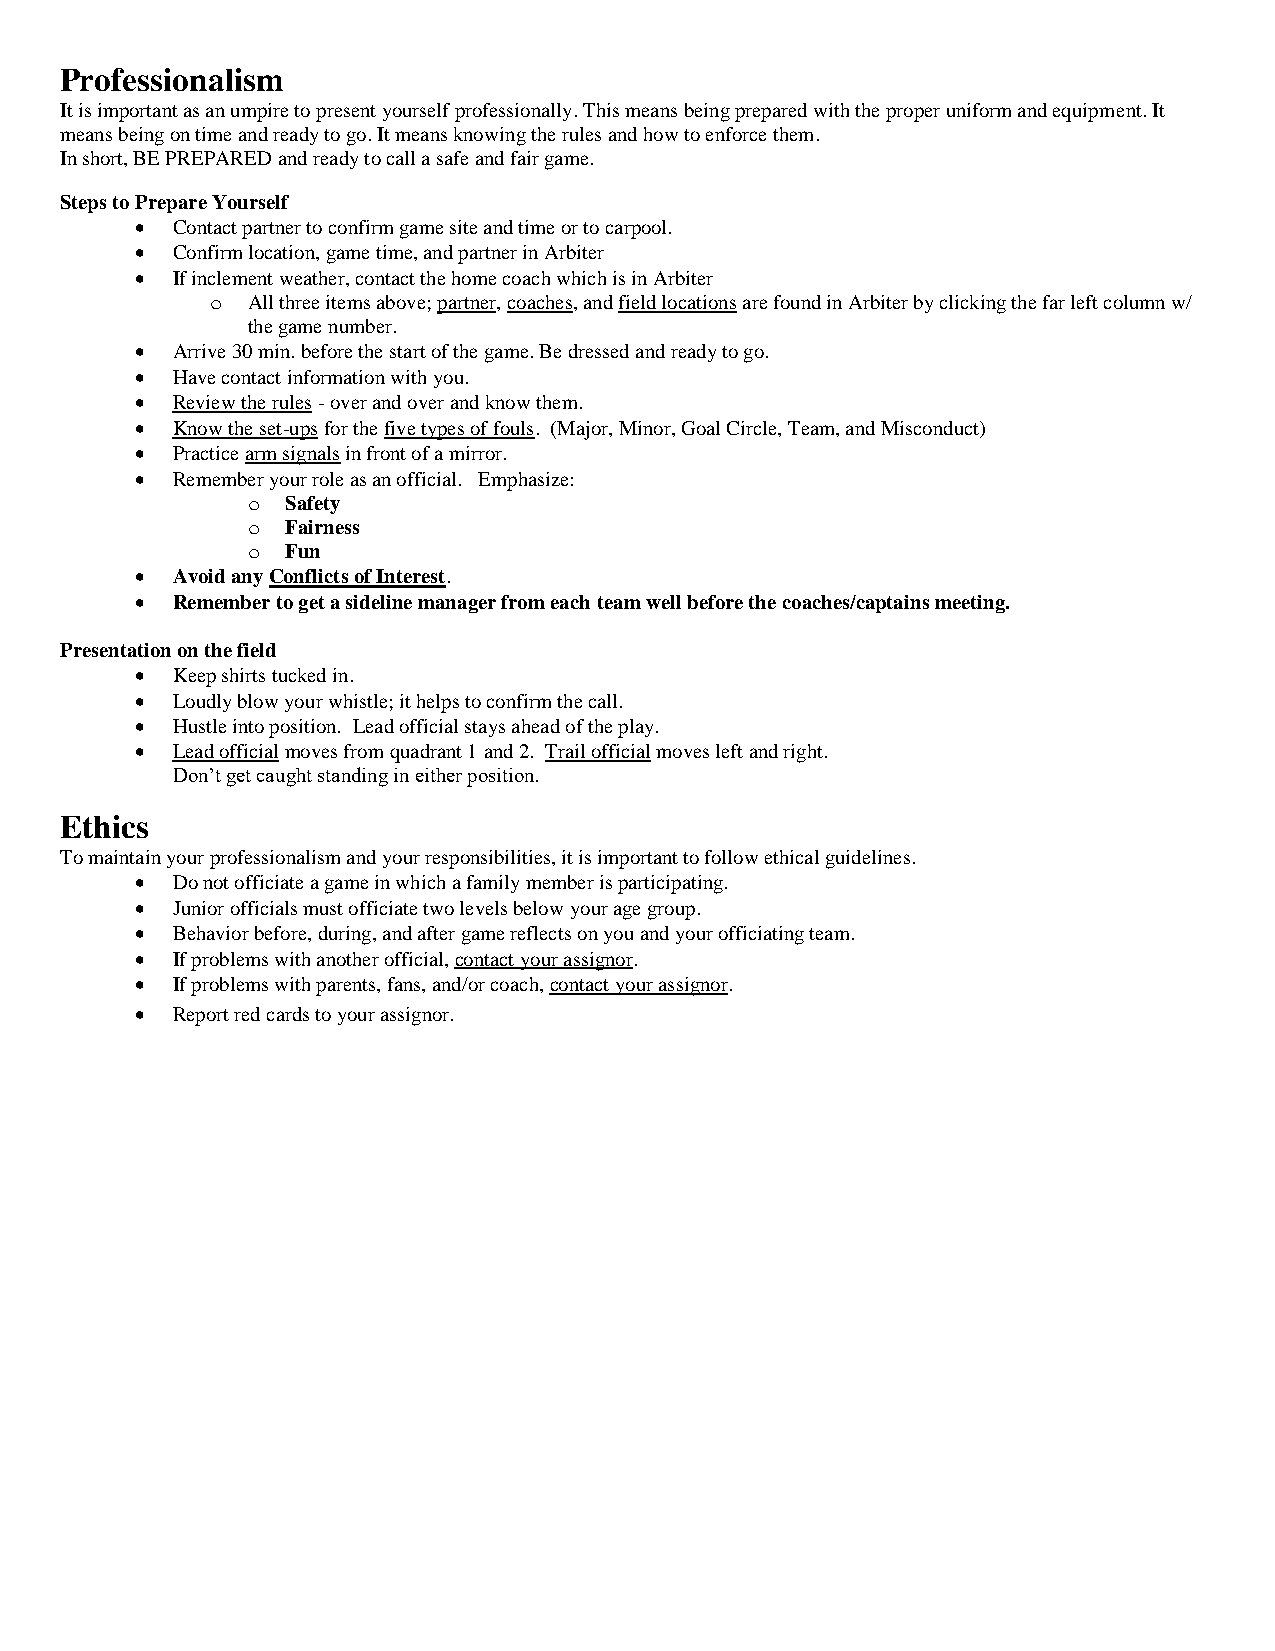
Professionalism
 It is important as an umpire to present yourself professionally. This means being prepared with the proper uniform and equipment. It
 means being on time and ready to go. It means knowing the rules and how to enforce them.
 In short, BE PREPARED and ready to call a safe and fair game.
 Steps to Prepare Yourself
  Contact partner to confirm game site and time or to carpool.
  Confirm location, game time, and partner in Arbiter
  If inclement weather, contact the home coach which is in Arbiter
 o All three items above; partner, coaches, and field locations are found in Arbiter by clicking the far left column w/
 the game number.
  Arrive 30 min. before the start of the game. Be dressed and ready to go.
  Have contact information with you.
  Review the rules - over and over and know them.
  Know the set-ups for the five types of fouls. (Major, Minor, Goal Circle, Team, and Misconduct)
  Practice arm signals in front of a mirror.
  Remember your role as an official. Emphasize:
 o  Safety
 o  Fairness
 o  Fun
  Avoid any Conflicts of Interest.
  Remember to get a sideline manager from each team well before the coaches/captains meeting.
 Presentation on the field
  Keep shirts tucked in.
  Loudly blow your whistle; it helps to confirm the call.
  Hustle into position. Lead official stays ahead of the play.
  Lead official moves from quadrant 1 and 2. Trail official moves left and right.
 Don’t get caught standing in either position.
 Ethics
 To maintain your professionalism and your responsibilities, it is important to follow ethical guidelines.
  Do not officiate a game in which a family member is participating.
  Junior officials must officiate two levels below your age group.
  Behavior before, during, and after game reflects on you and your officiating team.
  If problems with another official, contact your assignor.
  If problems with parents, fans, and/or coach, contact your assignor.
  Report red cards to your assignor.